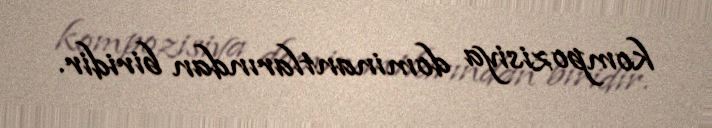
kompozisiya dominantlarından biridir.